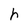
Character: h